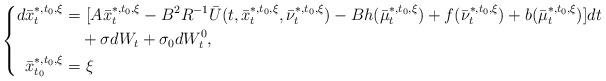
LaTeX: \begin{align*}\left\{\begin{aligned}d\bar x_t^{*,t_0,\xi}=&~[A\bar x_t^{*,t_0,\xi}-B^2R^{-1}\bar U(t,\bar x_t^{*,t_0,\xi},\bar \nu_t^{*,t_0,\xi})-Bh(\bar \mu_t^{*,t_0,\xi})+f(\bar\nu_t^{*,t_0,\xi})+b(\bar\mu_t^{*,t_0,\xi})]dt\\&+\sigma dW_t+\sigma_0dW^0_t,\\\bar x_{t_0}^{*,t_0,\xi}=&~\xi\end{aligned}\right.\end{align*}